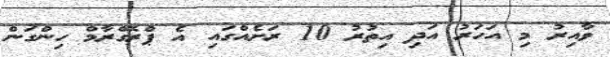
ވާއިރު މި އަހަރު އަދި އިތުރު 10 ރަށެއްގައި އެ ޕްރޮގްރާމް ހިންގަން